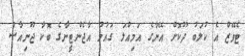
ޓެވޭޒް އެ ކުލަބު ދޫކޮށް އޭނާގެ އަމިއްލަ ގައުމު އާޖެންޓީނާގެ ބޮކާ ޖޫނިއާސް